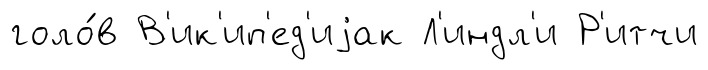
голо́в В'ик'ип'ед'иjак Л'индл'и Р'итчи